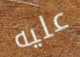
عليه